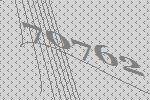
70762